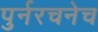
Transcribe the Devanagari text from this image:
पुर्नरचनेच